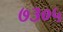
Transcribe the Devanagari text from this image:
७३०५